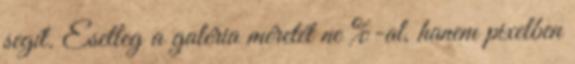
segít. Esetleg a galéria méretét ne %-al, hanem pixelben